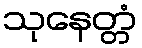
သုနေတ္တံ